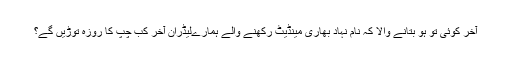
آخر کوئی تو ہو بتانے والا کہ نام نہاد بھاری مینڈیٹ رکھنے والے ہمارےلیڈران آخر کب چپ کا روزہ توڑیں گے؟